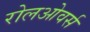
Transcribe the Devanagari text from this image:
रोलओवर्स